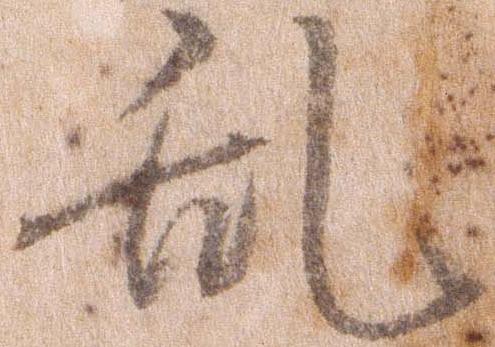
乱